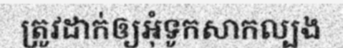
ត្រូវដាក់ឲ្យអុំទូកសាកល្បង